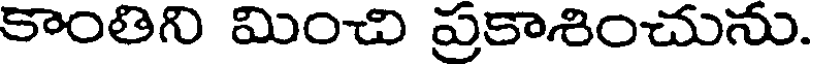
కాంతిని మించి ప్రకాశించును.